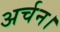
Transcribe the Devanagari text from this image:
अर्चन।